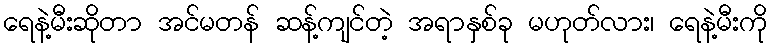
ရေနဲ့မီးဆိုတာ အင်မတန် ဆန့်ကျင်တဲ့ အရာနှစ်ခု မဟုတ်လား၊ ရေနဲ့မီးကို